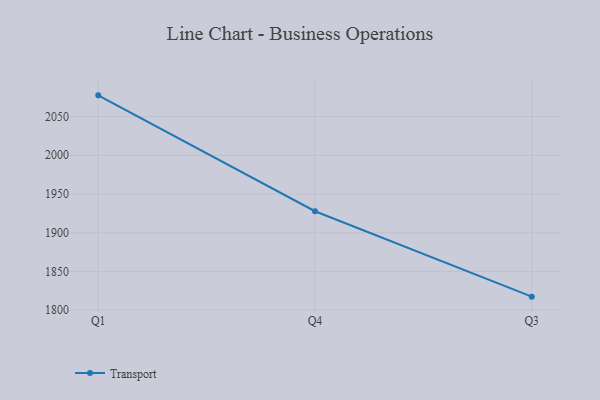
{"axis": {"x": "Quarter", "y": "Market Share (%)"}, "legend": ["Transport"], "data": [{"x": "Q1", "y": 2077.4, "type": "Transport"}, {"x": "Q4", "y": 1927.7, "type": "Transport"}, {"x": "Q3", "y": 1817.4, "type": "Transport"}]}